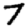
Digit: 7